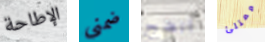
الإطاحة ضمني انضج ممتلئ